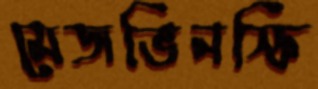
মেজভিনস্কি